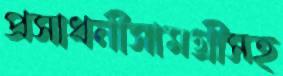
প্রসাধনীসামগ্রীসহ